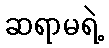
ဆရာမရဲ့